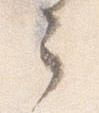
之